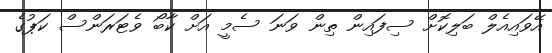
އޭވައިއެލް ބަލިކޮށް ސިފައިން ތިން ވަނަ ސެމީ އަށް ކާބޯ ވެޓަރަންސް ކަޕުގެ